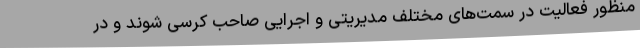
منظور فعالیت در سمت‌های مختلف مدیریتی و اجرایی صاحب کرسی شوند و در